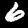
Label: 6